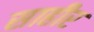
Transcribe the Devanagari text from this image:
साहीर